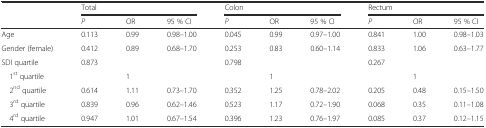
<table><thead><tr><td rowspan="2"></td><td colspan="3"><b>Total</b></td><td colspan="3"><b>Colon</b></td><td colspan="3"><b>Rectum</b></td></tr><tr><td><b><i>P</i></b></td><td><b>OR</b></td><td><b>95 % CI</b></td><td><b><i>P</i></b></td><td><b>OR</b></td><td><b>95 % CI</b></td><td><b><i>P</i></b></td><td><b>OR</b></td><td><b>95 % CI</b></td></tr></thead><tbody><tr><td>Age</td><td>0.113</td><td>0.99</td><td>0.98–1.00</td><td>0.045</td><td>0.99</td><td>0.97–1.00</td><td>0.841</td><td>1.00</td><td>0.98–1.03</td></tr><tr><td>Gender (female)</td><td>0.412</td><td>0.89</td><td>0.68–1.70</td><td>0.253</td><td>0.83</td><td>0.60–1.14</td><td>0.833</td><td>1.06</td><td>0.63–1.77</td></tr><tr><td>SDI quartile</td><td>0.873</td><td></td><td></td><td>0.798</td><td></td><td></td><td>0.267</td><td></td><td></td></tr><tr><td> 1<sup>st</sup> quartile</td><td></td><td>1</td><td></td><td></td><td>1</td><td></td><td></td><td>1</td><td></td></tr><tr><td> 2<sup>nd</sup> quartile</td><td>0.614</td><td>1.11</td><td>0.73–1.70</td><td>0.352</td><td>1.25</td><td>0.78–2.02</td><td>0.205</td><td>0.48</td><td>0.15–1.50</td></tr><tr><td> 3<sup>rd</sup> quartile</td><td>0.839</td><td>0.96</td><td>0.62–1.46</td><td>0.523</td><td>1.17</td><td>0.72–1.90</td><td>0.068</td><td>0.35</td><td>0.11–1.08</td></tr><tr><td> 4<sup>rd</sup> quartile</td><td>0.947</td><td>1.01</td><td>0.67–1.54</td><td>0.396</td><td>1.23</td><td>0.76–1.97</td><td>0.085</td><td>0.37</td><td>0.12–1.15</td></tr></tbody></table>